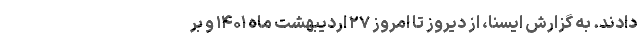
دادند. به گزارش ایسنا، از دیروز تا امروز ۲۷ اردیبهشت ماه ۱۴۰۱ و بر